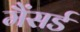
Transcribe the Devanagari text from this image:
मैंसर्ड